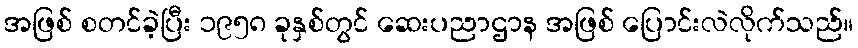
အဖြစ် စတင်ခဲ့ပြီး ၁၉၅၈ ခုနှစ်တွင် ဆေးပညာဌာန အဖြစ် ပြောင်းလဲလိုက်သည်။